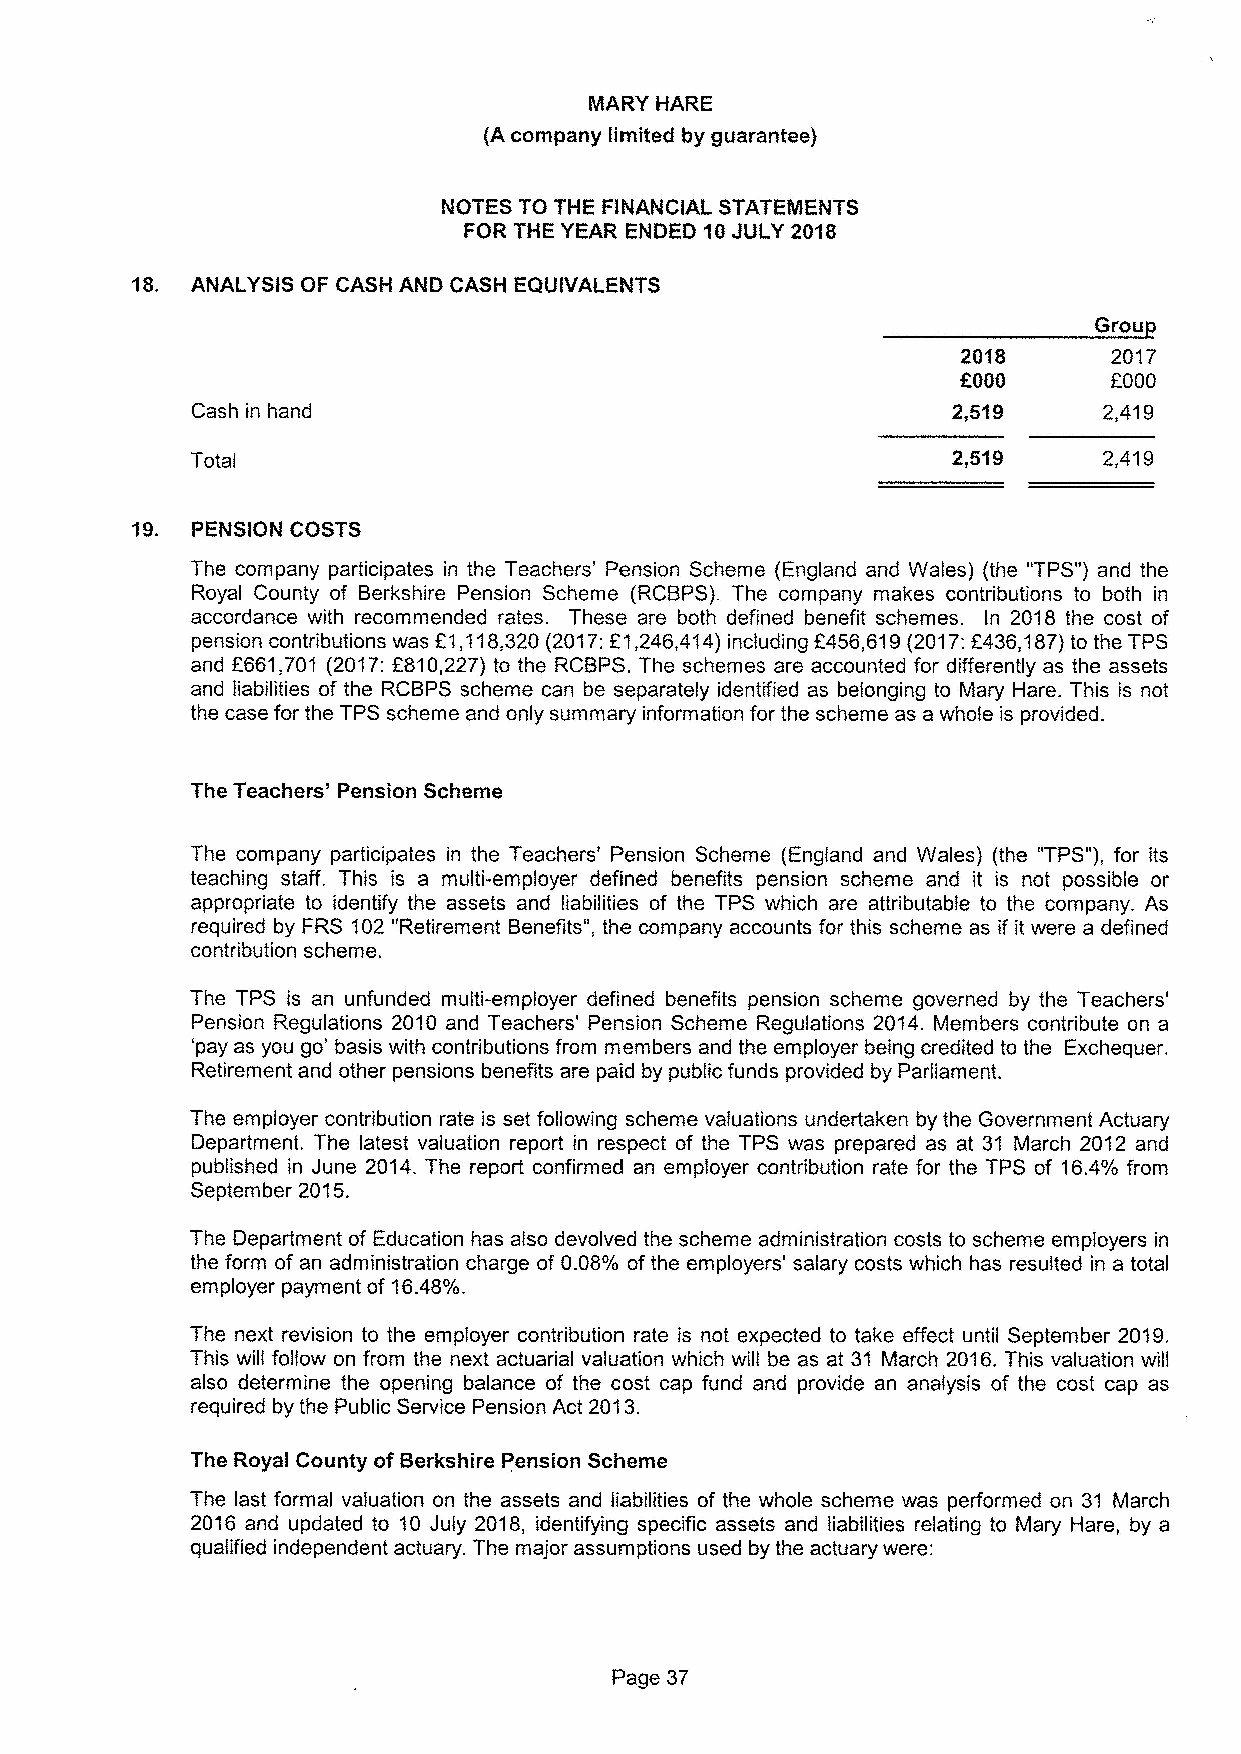
Grou
 2018      2017
 f000
 EQOO
 Cash in hand                                      2,519     2,419
 2,519     2,419
 19. PENSION CGSTS
 The company participates in the Teachers' Pension Scheme (England and Wales) (the '%PS") and the
 Royal County of Berkshire Pension Scheme (RCBPS). The company makes contributions to both in
 accordance with recommended rates. These are both defined benefit schemes. In 2018 the cost of
 pension contributions was E1,118,320(201?:E1,246,414)including 6456,619(2017:F436,187)to the TPS
 and F661,701 (2017:F810,227) to the RCBPS. The schemes are accounted for differently as the assets
 and liabilities of the RCBPS scheme can be separately identified as belonging to Mary Hare. This is not
 the case for the TPS scheme and only summary information for the scheme as a whole is provided.
 The Teachers' Pension Scheme
 The company participates in the Teachers' Pension Scheme (England and Wales) (the "TPS"),for its
 teaching staff. This is a multi-employer defined benefits pension scheme and it is not possible or
 appropriate to identify the assets and liabilities of the TPS which are attributable to the company. As
 required by FRS 102"Retirement Benefits", the company accounts for this scheme as if it were a defined
 contribution scheme.
 The TPS is an unfunded multi-employer defined benefits pension scheme governed by the Teachers'
 Pension Regulations 2010 and Teachers' Pension Scheme Regulations 2014. Members contribute on a
 'pay as you go' basis with contributions from members and the employer being credited to the Exchequer.
 Retirement and other pensions benefits are paid by public funds provided by Parliament.
 The employer contribution rate is set following scheme valuations undertaken by the Government Actuary
 Department. The latest valuation report in respect of the TPS was prepared as at 31 March 2012 and
 published in June 2014.The report confirmed an employer contribution rate for the TPS of 16.4% from
 September 2015.
 The Department of Education has also devolved the scheme administration costs to scheme employers in
 the form of an administration charge of 0.08'/o ofthe employers' salary costs which has resulted in a total
 employer payment of 16.48'lo.
 The next revision to the employer contribution rate is not expected to take effect until September 2019.
 This will follow on from the next actuarial valuation which will be as at 31 March 2016.This valuation will
 also determine the opening balance of the cost cap fund and provide an analysis of the cost cap as
 required by the Public Service Pension Act 2Q13.
 The Royal County of Berkshire Pension Scheme
 The last formal valuation on the assets and liabilities of the whole scheme was performed on 31 March
 2016 and updated to 10 July 2018, identifying specific assets and liabilities relating to Mary Hare, by a
 qualified independent actuary. The major assumptions used by the actuary were:
 Page 37